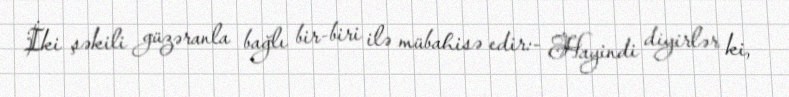
İki şəkili güzəranla bağlı bir-biri ilə mübahisə edir:- Hayindi diyirlər ki,